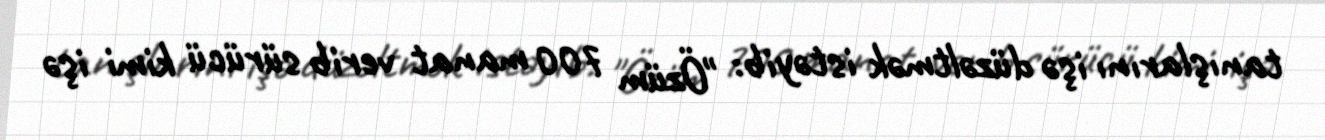
tanışlarını işə düzəltmək istəyib: "Özüm 700 manat verib sürücü kimi işə